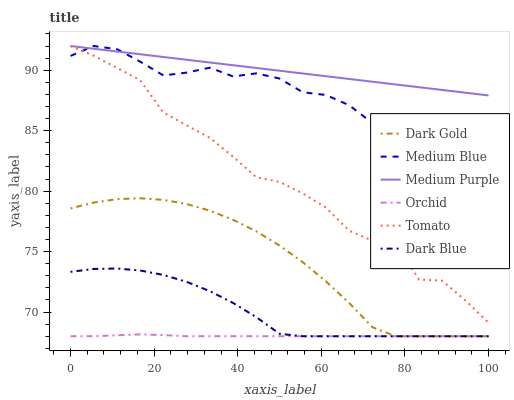
| xaxis_label | Dark Gold | Medium Blue | Medium Purple | Orchid | Tomato | Dark Blue |
 | --- | --- | --- | --- | --- | --- | --- |
 | 0 | 78.6 | 91.2 | 92 | 68 | 92 | 73.3 |
 | 5.56 | 79.1 | 92 | 91.8 | 68 | 91.2 | 73.6 |
 | 11.1 | 79.3 | 91.7 | 91.5 | 68.1 | 90.2 | 73.6 |
 | 16.7 | 79.4 | 90.7 | 91.3 | 68.2 | 89.2 | 73.4 |
 | 22.2 | 79.3 | 89.6 | 91.1 | 68.1 | 86.5 | 73.1 |
 | 27.8 | 78.9 | 89.8 | 90.9 | 68 | 85.4 | 72.5 |
 | 33.3 | 78.4 | 90.2 | 90.6 | 68 | 84.4 | 71.7 |
 | 38.9 | 77.6 | 89.5 | 90.4 | 68 | 82.8 | 70.8 |
 | 44.4 | 76.7 | 89.7 | 90.2 | 68 | 81.1 | 69.6 |
 | 50 | 75.5 | 89.3 | 90 | 68 | 80.8 | 68.2 |
 | 55.6 | 74.1 | 88.2 | 89.7 | 68 | 79.8 | 68 |
 | 61.1 | 72.5 | 87.9 | 89.5 | 68 | 78.6 | 68 |
 | 66.7 | 70.7 | 87.1 | 89.3 | 68 | 76.7 | 68 |
 | 72.2 | 68.7 | 85.6 | 89 | 68 | 75.9 | 68 |
 | 77.8 | 68 | 85.2 | 88.8 | 68 | 75.8 | 68 |
 | 83.3 | 68 | 85.6 | 88.6 | 68 | 72.7 | 68 |
 | 88.9 | 68 | 84.7 | 88.4 | 68 | 72.6 | 68 |
 | 94.4 | 68 | 84.8 | 88.1 | 68 | 71 | 68 |
 | 100 | 68 | 84.3 | 87.9 | 68 | 69.1 | 68 |